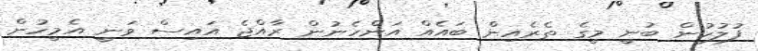
ފުލުހުން ބުނީ މީގެ ތެރެއިން ބައެއް އަންހެނުން ރާއްޖެ އައިސް ވަނީ އެމީހުން